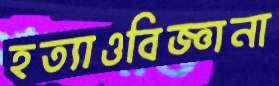
হত্যাওবিজ্ঞানা